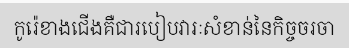
កូរ៉េខាងជើងគឺជារបៀបវារៈសំខាន់នៃកិច្ចចរចា